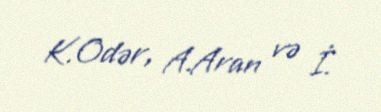
K.Odər, A.Aran və İ.